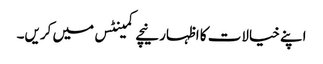
اپنے خیالات کا اظہار نیچے کمینٹس میں کریں۔